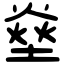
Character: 𤍢